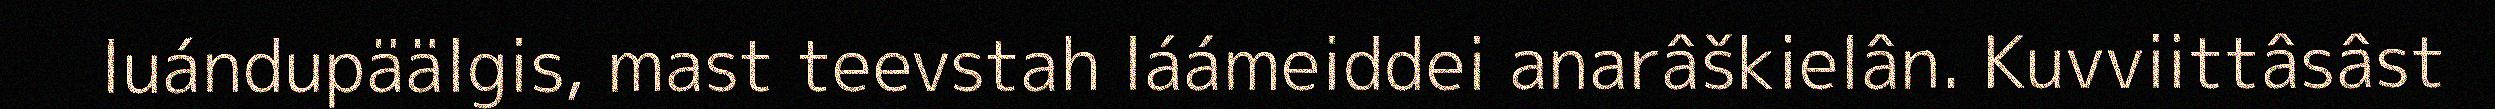
luándupäälgis, mast teevstah láámeiddei anarâškielân. Kuvviittâsâst